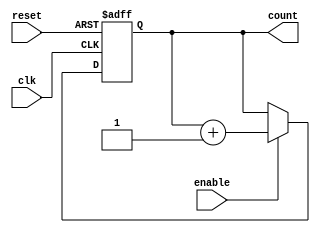
module dynamic_asynchronous_counter (
    input wire clk,            // Clock input
    input wire reset,          // Asynchronous reset
    input wire enable,         // Enable input for counting
    output reg [3:0] count     // 4-bit counter output
);

// Asynchronous reset and counting logic
always @(posedge clk or posedge reset) begin
    if (reset) begin
        count <= 4'b0000;      // Reset counter to 0
    end else if (enable) begin
        count <= count + 1;    // Increment counter
    end
end

endmodule